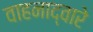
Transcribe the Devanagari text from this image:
वाहनाद्वारे